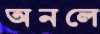
অনলে